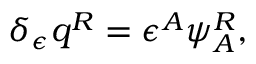
\delta _ { \epsilon } q ^ { R } = \epsilon ^ { A } \psi _ { A } ^ { R } ,